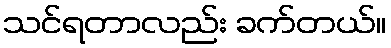
သင်ရတာလည်း ခက်တယ်။